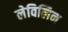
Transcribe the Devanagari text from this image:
लेविलिन